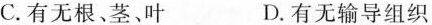
C.有无根、茎、叶 D.有无输导组织